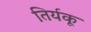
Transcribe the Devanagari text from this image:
तिर्यकू